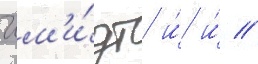
Шм'и́дт и́ и́ //